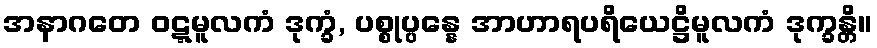
အနာဂတေ ဝဋ္ဋမူလကံ ဒုက္ခံ, ပစ္စုပ္ပန္နေ အာဟာရပရိယေဋ္ဌိမူလကံ ဒုက္ခန္တိ။